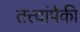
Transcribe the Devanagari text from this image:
तत्त्वांपैकी